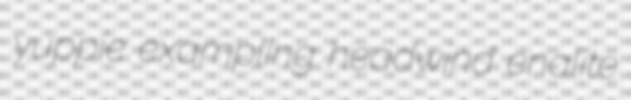
yuppie exampling headwind enalite